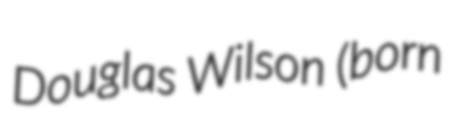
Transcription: Douglas Wilson (born